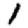
Digit: 1